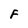
Character: F